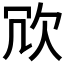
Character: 𭭆